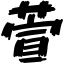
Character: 萱